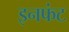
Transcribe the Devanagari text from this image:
इनफंट